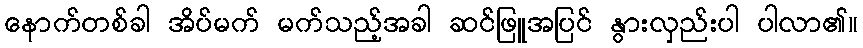
နောက်တစ်ခါ အိပ်မက် မက်သည့်အခါ ဆင်ဖြူအပြင် နွားလှည်းပါ ပါလာ၏။